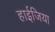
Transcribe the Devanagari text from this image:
हाईजिया